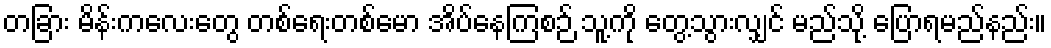
တခြား မိန်းကလေးတွေ တစ်ရေးတစ်မော အိပ်နေကြစဉ် သူ့ကို တွေ့သွားလျှင် မည်သို့ ပြောရမည်နည်း။